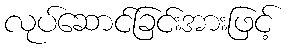
လုပ်ဆောင်ခြင်းအားဖြင့်